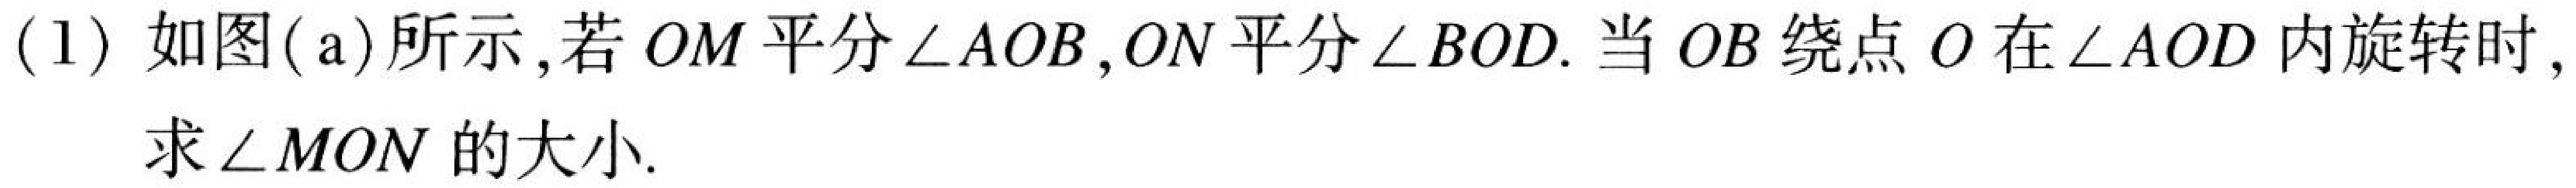
(1) 如图(a)所示,若\(OM\)平分\(\angle AOB\),\(ON\)平分\(\angle BOD\).当\(OB\)绕点\(O\)在\(\angle AOD\)内旋转时,求\(\angle MON\)的大小.